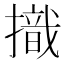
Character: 𢴠